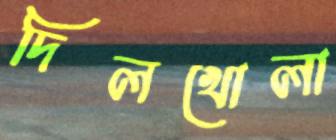
দিলখোলা